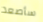
سأصعد